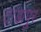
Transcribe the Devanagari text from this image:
टांडापुर